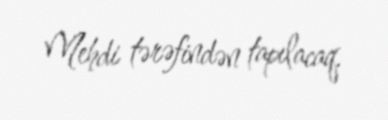
Mehdi tərəfindən tapılacaq.